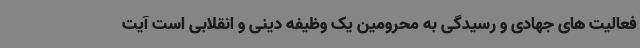
فعالیت های جهادی و رسیدگی به محرومین یک وظیفه دینی و انقلابی است آیت